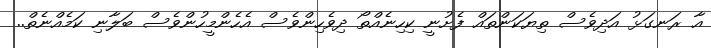
އާ ރަނގަޅު އަދިވެސް ތިޔަކަންތައް ފެށުނީ ކިހިނެއްތޯ ދިވެހިންވެސް އެހެންމީހުންވެސް ބަލާނި ކަމެއްނެތް..